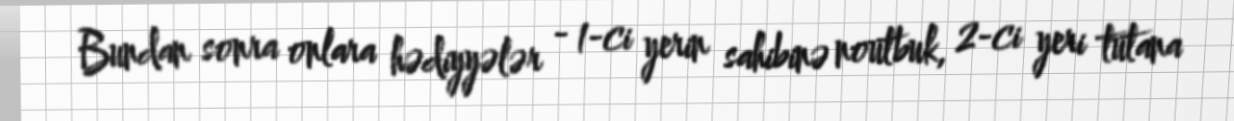
Bundan sonra onlara hədiyyələr - 1-ci yerin sahibinə noutbuk, 2-ci yeri tutana